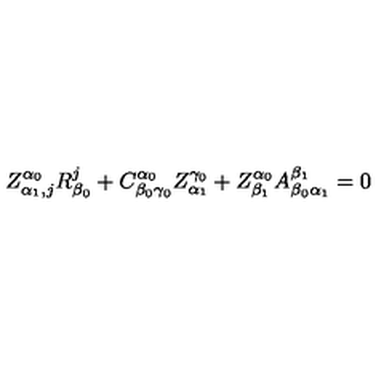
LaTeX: Z _ { \alpha _ { 1 } , j } ^ { \alpha _ { 0 } } R _ { \beta _ { 0 } } ^ { j } + C _ { \beta _ { 0 } \gamma _ { 0 } } ^ { \alpha _ { 0 } } Z _ { \alpha _ { 1 } } ^ { \gamma _ { 0 } } + Z _ { \beta _ { 1 } } ^ { \alpha _ { 0 } } A _ { \beta _ { 0 } \alpha _ { 1 } } ^ { \beta _ { 1 } } = 0